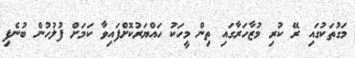
މަގުތަކުގައި ރޭ ކުރި މުޒާހަރާގައި ތިން މީހަކު ހައްޔަރުކޮށްފައިވާ ކަމަށް ފުލުހުން ބުނެފި